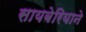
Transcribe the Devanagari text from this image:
सायबेरियाने